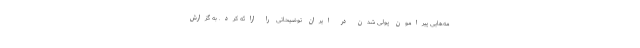
مه‌هایی پیرامون پولی شدن در ایران توضیحاتی را ارائه کرد. به گزارش